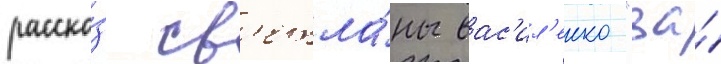
расска́з св'етла́ны вас'ил'енко "за́